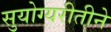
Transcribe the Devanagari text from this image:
सुयोग्यरीतीने